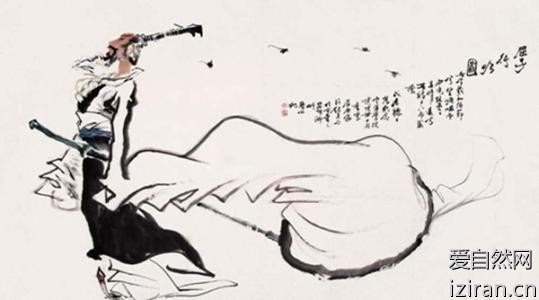
富与贵，是人之所欲也不以其道得之，不处也。